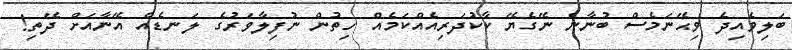
ބަލިވެއިދެ ވިޙޭނަމެސް ބުނާނެ ނޭގެޔޭ ކާކުދަރިއެއްކަމެއް ހިތުން ނުފިލާވަރުގެ ލަނޑެއް އޭނާއަށް ދޭތި!